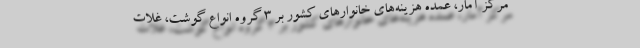
مركز آمار، عمده هزينه‌هاي خانوارهاي كشور بر 3 گروه انواع گوشت، غلات